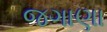
જગાણા